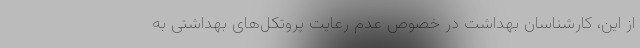
از این، کارشناسان بهداشت در خصوص عدم رعایت پروتکل‌های بهداشتی به